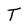
Character: T